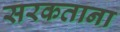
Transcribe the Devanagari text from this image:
सरकताना